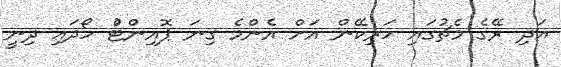
އަދި ރޭގެ މެޗުގައި ހަރިކޭން އަށް އެންމެ ގިނަ ޕޮއިންޓުް ހޯދައި ދިނީ